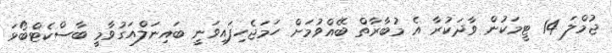
ޖުމްލަ 14 ޓީމަކުން ވާދަކުރާ އެ މުބާރާތް ބޭއްވުމަށް ހަމަޖެހިފައިވަނީ ބައިނަލްއަގުވާމީ ބާސްކެޓްބޯޅަ